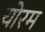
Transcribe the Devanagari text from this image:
योरम